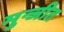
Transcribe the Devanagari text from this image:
मुन्जीत